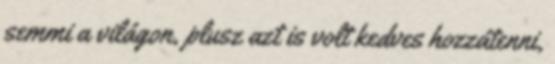
semmi a világon, plusz azt is volt kedves hozzátenni,